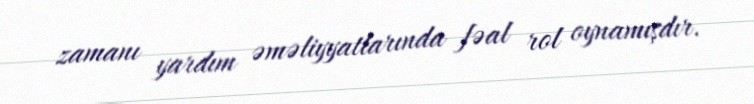
zamanı yardım əməliyyatlarında fəal rol oynamışdır.